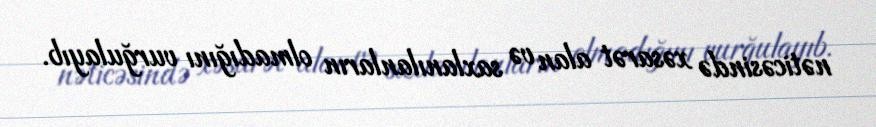
nəticəsində xəsarət alan və saxlanılanların olmadığını vurğulayıb.